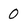
Character: O